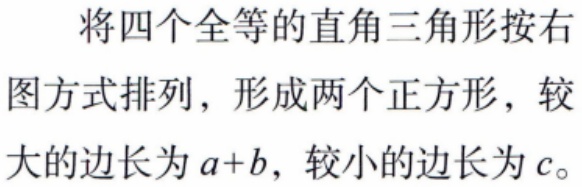
将四个全等的直角三角形按右图方式排列，形成两个正方形，较大的边长为\(a + b\)，较小的边长为\(c\)。